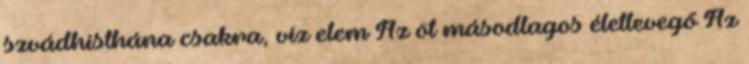
szvádhisthána csakra, víz elem Az öt másodlagos életlevegő Az